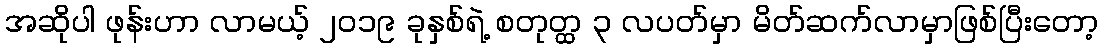
အဆိုပါ ဖုန်းဟာ လာမယ့် ၂၀၁၉ ခုနှစ်ရဲ့ စတုတ္ထ ၃ လပတ်မှာ မိတ်ဆက်လာမှာဖြစ်ပြီးတော့